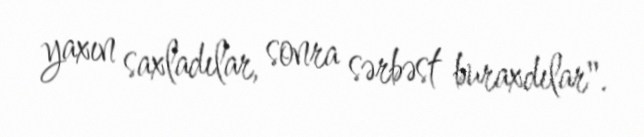
yaxın saxladılar, sonra sərbəst buraxdılar".